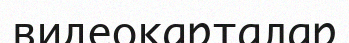
видеокарталар